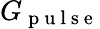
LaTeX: G_{\mathrm{~p~u~l~s~e~}}